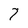
Character: 7